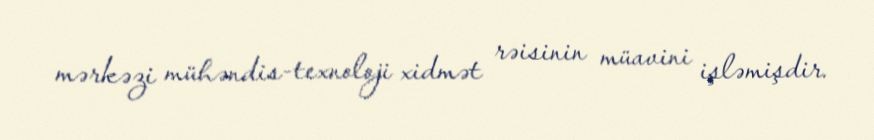
mərkəzi mühəndis-texnoloji xidmət rəisinin müavini işləmişdir.